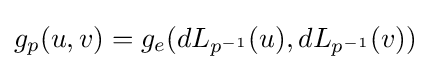
g_{p}(u,v)=g_{e}(dL_{p^{-1}}(u),dL_{p^{-1}}(v))